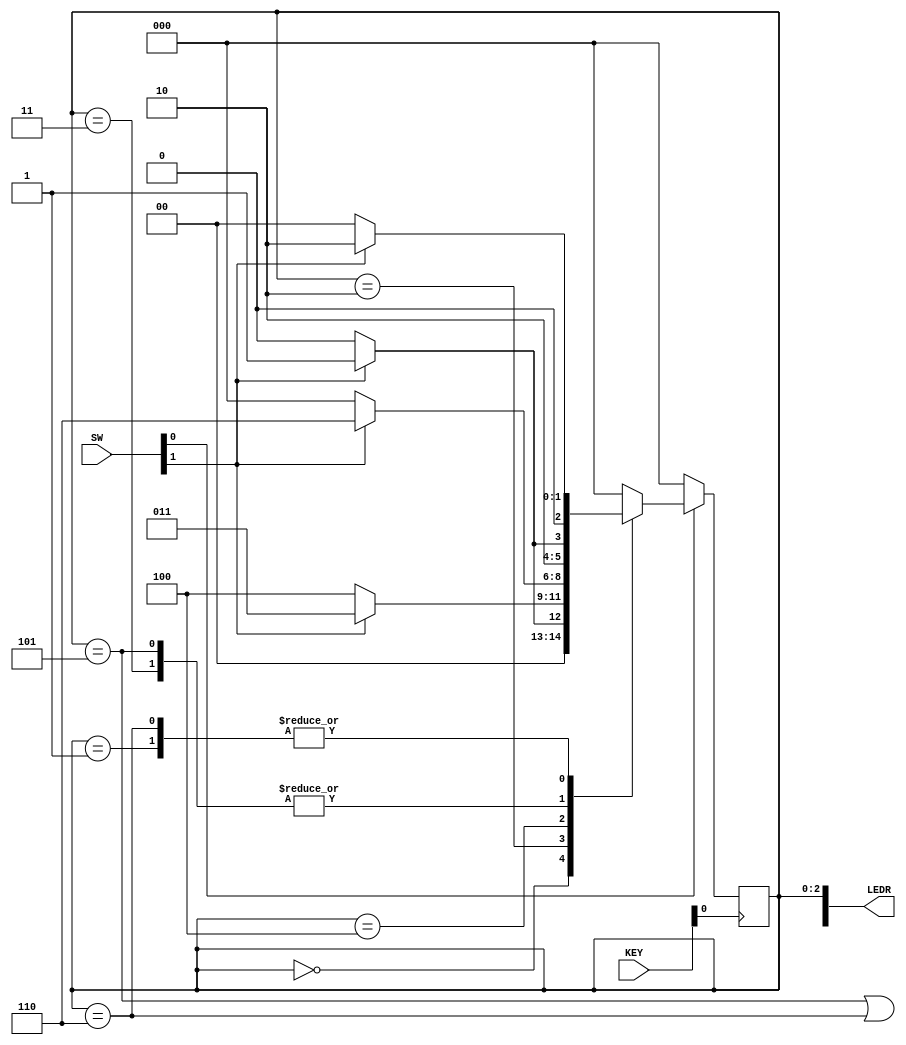
// SW[0]:       reset signal
// SW[1]:       input signal (w)

// KEY[0]:      clock

// LEDR[2:0]:   current state
// LEDR[9]:     output (z)

module sequence_detector(SW, KEY, LEDR);
    input [9:0] SW;
    input [3:0] KEY;
    output [9:0] LEDR;

    wire w, clock, resetn, z;
    
    reg [2:0] y_Q, Y_D; // y_Q represents current state, Y_D represents next state

    localparam A = 3'b000, B = 3'b001, C = 3'b010, D = 3'b011, E = 3'b100, F = 3'b101, G = 3'b110;
    
    // Connect inputs and outputs to internal wires
    assign w = SW[1];
    assign clock = ~KEY[0];
    assign resetn = SW[0];
    assign LEDR[9] = z;
    assign LEDR[2:0] = y_Q;

    // State table
    // The state table should only contain the logic for state transitions
    // Do not mix in any output logic.  The output logic should be handled separately.
    // This will make it easier to read, modify and debug the code.
    always @(*)
    begin   // Start of state_table
        case (y_Q)
            A: begin
                   if (!w) Y_D = A;
                   else Y_D = B;
               end
            B: begin
                   if(!w) Y_D = A;
                   else Y_D = C;
               end
            C: begin
                   if(!w) Y_D = E;
                   else Y_D = D;
               end
            D: begin
                   if(!w) Y_D = E;
                   else Y_D = F;
               end
            E: begin
                   if(!w) Y_D = A;
                   else Y_D = G;
               end
            F: begin
                   if(!w) Y_D = E;
                   else Y_D = F;
               end
            G: begin
                   if(!w) Y_D = A;
                   else Y_D = C;
               end
            default: Y_D = A;
        endcase
    end     // End of state_table

    // State Register (i.e., FFs)
    always @(posedge clock)
    begin   // Start of state_FFs (state register)
        if(resetn == 1'b0)
            y_Q <= A;
        else
            y_Q <= Y_D;
    end     // End of state_FFs (state register)

    // Output logic
    // Set z to 1 to turn on LED when in relevant states
    assign z = ((y_Q == F) || (y_Q == G));  // To be completed by you!
endmodule